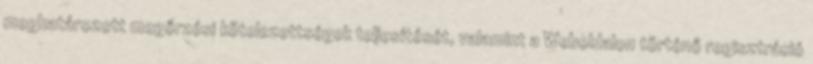
meghatározott megőrzési kötelezettségek teljesítését, valamint a Weboldalon történő regisztráció